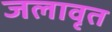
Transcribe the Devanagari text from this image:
जलावृत